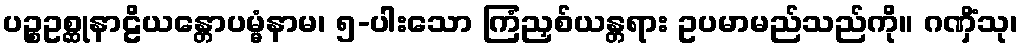
ပဉ္စဥစ္ဆုနာဠိယန္တောပမ္မံနာမ၊ ၅-ပါးသော ကြံညှစ်ယန္တရား ဥပမာမည်သည်ကို။ ဂဏှိံသု၊